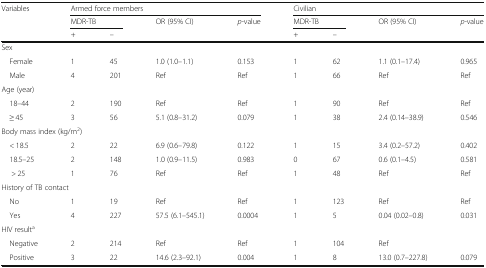
<table><thead><tr><td rowspan="3"><b>Variables</b></td><td colspan="4"><b>Armed force members</b></td><td colspan="4"><b>Civilian</b></td></tr><tr><td colspan="2"><b>MDR-TB</b></td><td rowspan="2"><b>OR (95% CI)</b></td><td rowspan="2"><b><i>p-</i>value</b></td><td colspan="2"><b>MDR-TB</b></td><td rowspan="2"><b>OR (95% CI)</b></td><td rowspan="2"><b><i>p-</i>value</b></td></tr><tr><td><b>+</b></td><td><b>–</b></td><td><b>+</b></td><td><b>–</b></td></tr></thead><tbody><tr><td colspan="9">Sex</td></tr><tr><td> Female</td><td>1</td><td>45</td><td>1.0 (1.0–1.1)</td><td>0.153</td><td>1</td><td>62</td><td>1.1 (0.1–17.4)</td><td>0.965</td></tr><tr><td> Male</td><td>4</td><td>201</td><td>Ref</td><td>Ref</td><td>1</td><td>66</td><td>Ref</td><td>Ref</td></tr><tr><td colspan="9">Age (year)</td></tr><tr><td> 18–44</td><td>2</td><td>190</td><td>Ref</td><td>Ref</td><td>1</td><td>90</td><td>Ref</td><td>Ref</td></tr><tr><td> ≥ 45</td><td>3</td><td>56</td><td>5.1 (0.8–31.2)</td><td>0.079</td><td>1</td><td>38</td><td>2.4 (0.14–38.9)</td><td>0.546</td></tr><tr><td colspan="9">Body mass index (kg/m<sup>2</sup>)</td></tr><tr><td> &lt; 18.5</td><td>2</td><td>22</td><td>6.9 (0.6–79.8)</td><td>0.122</td><td>1</td><td>15</td><td>3.4 (0.2–57.2)</td><td>0.402</td></tr><tr><td> 18.5–25</td><td>2</td><td>148</td><td>1.0 (0.9–11.5)</td><td>0.983</td><td>0</td><td>67</td><td>0.6 (0.1–4.5)</td><td>0.581</td></tr><tr><td>&gt; 25</td><td>1</td><td>76</td><td>Ref</td><td>Ref</td><td>1</td><td>48</td><td>Ref</td><td>Ref</td></tr><tr><td colspan="9">History of TB contact</td></tr><tr><td> No</td><td>1</td><td>19</td><td>Ref</td><td>Ref</td><td>1</td><td>123</td><td>Ref</td><td>Ref</td></tr><tr><td> Yes</td><td>4</td><td>227</td><td>57.5 (6.1–545.1)</td><td>0.0004</td><td>1</td><td>5</td><td>0.04 (0.02–0.8)</td><td>0.031</td></tr><tr><td colspan="9">HIV result<sup>a</sup></td></tr><tr><td> Negative</td><td>2</td><td>214</td><td>Ref</td><td>Ref</td><td>1</td><td>104</td><td>Ref</td><td></td></tr><tr><td> Positive</td><td>3</td><td>22</td><td>14.6 (2.3–92.1)</td><td>0.004</td><td>1</td><td>8</td><td>13.0 (0.7–227.8)</td><td>0.079</td></tr></tbody></table>